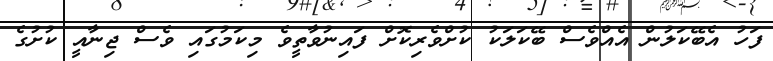
ފަހު އެބޭކަލުން އެއްވެސް ބޭކަލަކު ކުށްވެރިކޮށް ފައިނުވާތީވެ މިކަމުގައި ވެސް ޖިނާއީ ކުށުގެ